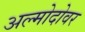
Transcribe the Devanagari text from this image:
अल्मोदोवर